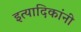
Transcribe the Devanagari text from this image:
इत्यादिकांनी